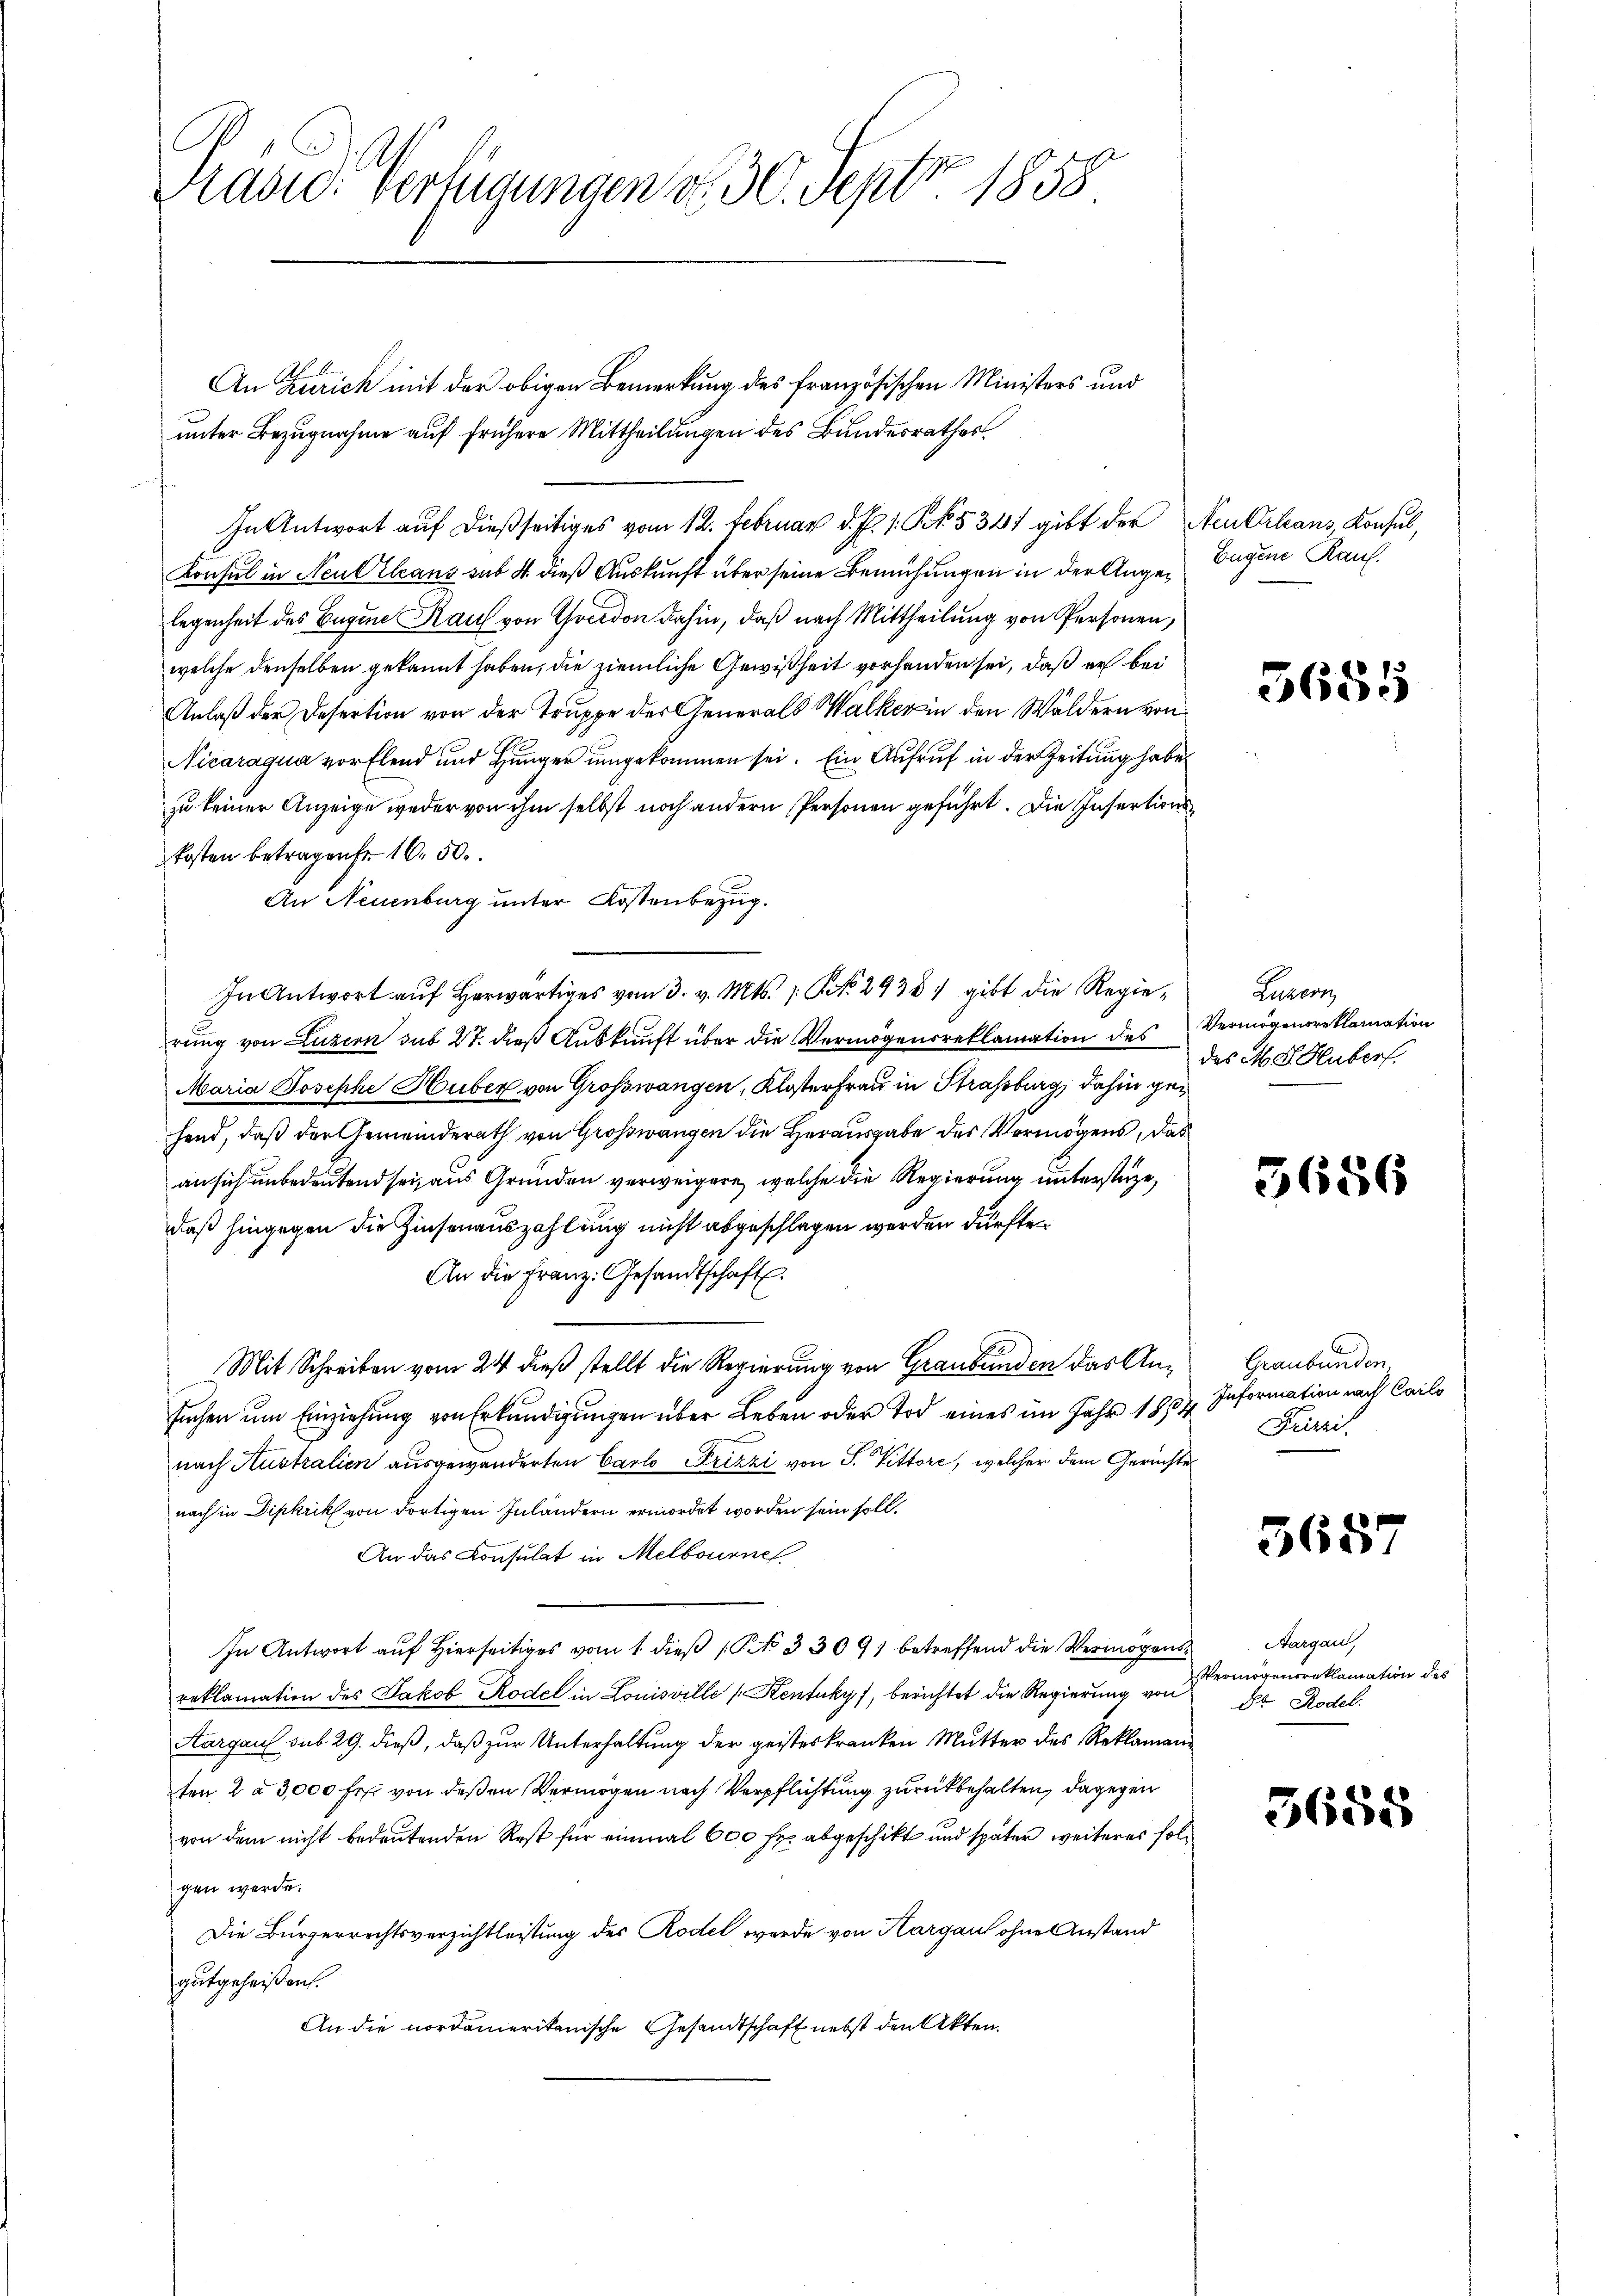
Präsid. Verfügungen d. 30. Septbr. 1858.

An Zürich mit der obigen Bemerkung des französischen Ministers und
unter Bezugnahme auf frühere Mittheilungen des Bundesrathes
In Antwort auf dießseitiges vom 12. Februar d. J. 1. k. 534 gibt der Neukrleans, Konsul,
Konsul in Neul Eleans sub 4. dieß Auskunft über seine Bemühungen in der Angelegenheit des Eugen Kauf von Greedon dahin, daß nach Mittheilung von Personen,
welche denselben gekannt haben, die ziemliche Gewißheit vorhanden sei, daß er bei
Anlaß der Desertion von der Truppe des Generals Walker in den Wäldern von
Nicaragua vor Elend und Hunger umgekommen sei. Ein Aufruf in der Zeitung habe
zu keiner Anzeige weder von ihm selbst noch andern Personen geführt. Die Insertionskosten betragen 16. 50.
An Neuenburg unter Kostenbezug.
rung von Luzern sub 27. dieß Auskunft über die Vermögensreklamation des
Maria Josephe Huber von Großwangen, Kloster Frau in Strassburg, dahin gehend, daß der Gemeinderath von Grosswangen die Herausgabe des Vermögens, das
an sich unbedeutend sei, aus Grunden verweigere, welche die Regierung unterstüze,
daß hingegen die Zinsenauszahlung nicht abgeschlagen werden dürfte.
An die Franz: Gesandtschaft.
Mit Schreiben vom 24 dieß stellt die Regierung von Graubünden das An- Graubünden
suchen um Einziehung von Erkundigungen über Leben oder Tod eines im Jahr 1834. Information nach Cailo
nach Australien ausgewänderten Carl Frizzi von S. Tittore, welcher dem Gerichte
nach in Dipkrik von dortigen Inländern ermordet worden sein soll.
An das Konsulat in Melbourne
In Antwort auf Hierseitiges vom 1. dieß (NNo. 33091 betreffend die Vermögensreklamation des Jakob Rodel in Louisville [Kentukyf, berichtet die Regierung von Dr Rodel
Aargaus sub 29. dieß, daß zur Unterhaltung der geisteskranken Mutter des Reklamanten 2 à 3,000 Fr. von deßen Vermögen nach Verpflichtung zurückbehalten, dagegen
von dem nicht bedeutenden Rest für einmal 600 fr. abgeschikt und später weiteres solgen werde.
Die Bürgerrechtsverzichtleistung des Rodel werde von Hargau ohne Anstand
gutgeheißen.
An die nordamerikanische Gesandtschaft nebst den Akten.

In Antwort auf herwärtiges vom 3. v. Mts. S. 2938, gibt die Regie¬

Eugene Rauf.

5685

Luren
Vermögensreklamation
des M. D. Huber.

3686

Frizzi

3687

Nargau,
Vermögensreklamation des

5658